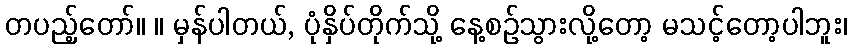
တပည့်တော်။ ။ မှန်ပါတယ်, ပုံနှိပ်တိုက်သို့ နေ့စဉ်သွားလို့တော့ မသင့်တော့ပါဘူး၊